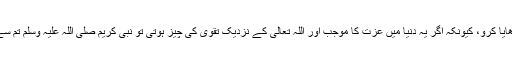
عورتوں کے مہر زیادہ نہ بڑھایا کرو، کیونکہ اگر یہ دُنیا میں عزّت کا موجب اور اللہ تعالیٰ کے نزدیک تقویٰ کی چیز ہوتی تو نبی کریم صلی اللہ علیہ وسلم تم سے زیادہ اس کے مستحق تھے۔